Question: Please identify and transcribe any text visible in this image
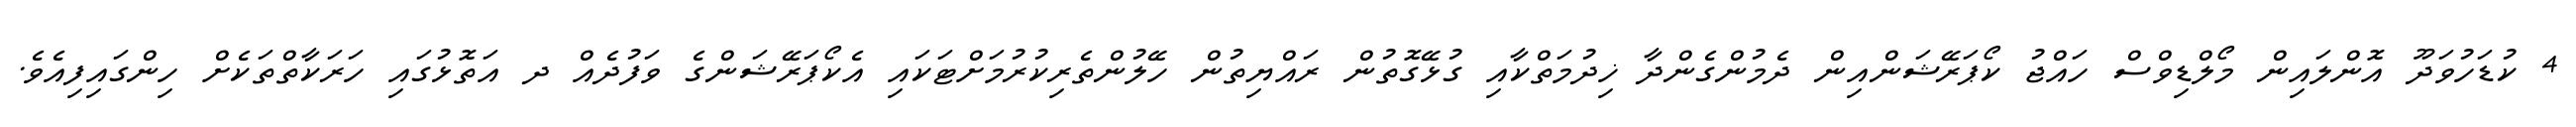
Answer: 4 ކުޑަހުވަދޫ އޮންލައިން މޯލްޑިވްސް ހައްޖު ކޯޕަރޭޝަންއިން ދެމުންގެންދާ ޚިދުމަތްކާއި ގުޅޭގޮތުން ރައްޔިތުން ހޭލުންތެރިކުރުމަށްޓަކައި އެކޯޕަރޭޝަންގެ ވަފުދެއް ދ އަތޮޅުގައި ހަރަކާތްތަކެށް ހިންގައިފިއެވެ.